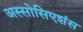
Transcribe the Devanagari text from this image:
अस्सोसिएशंस